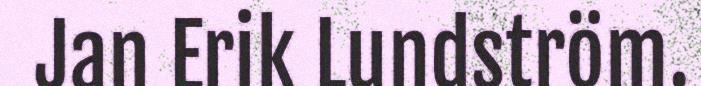
Jan Erik Lundström.